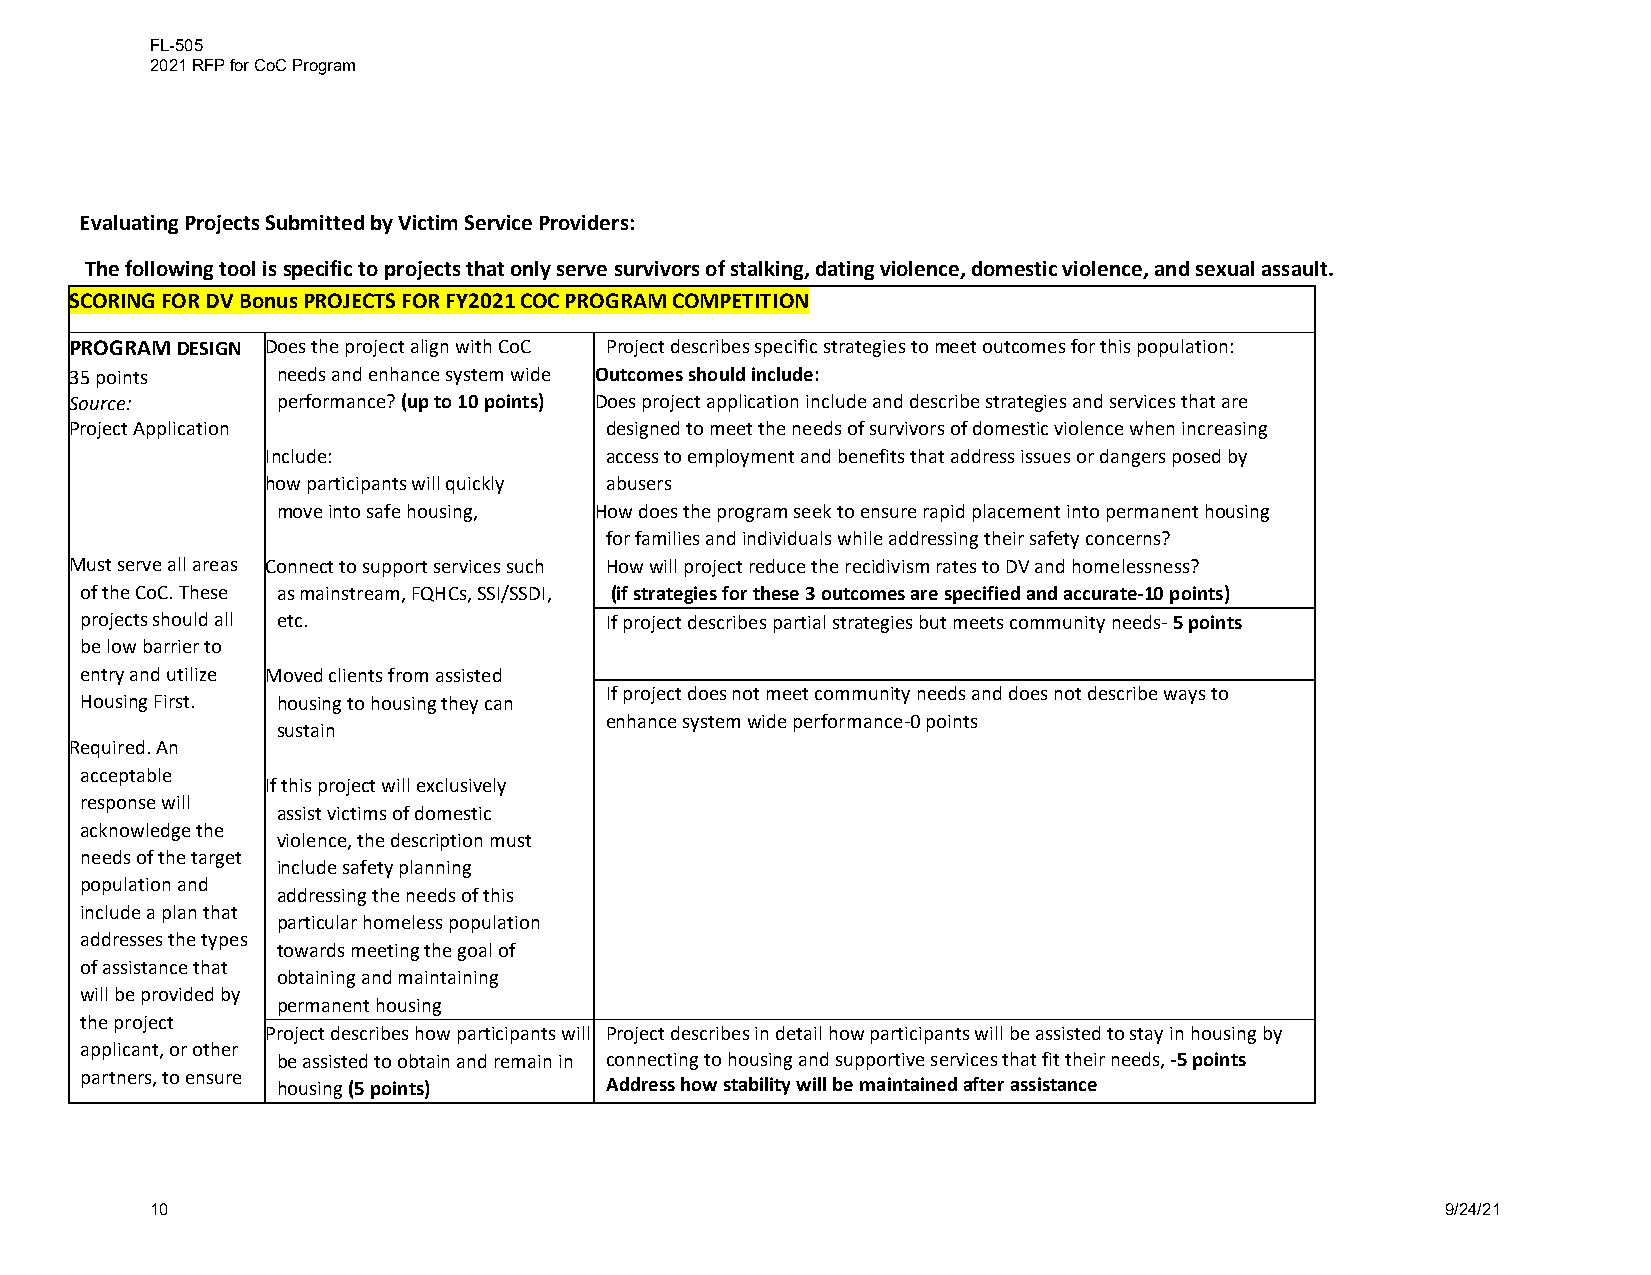
FL-505
 2021 RFP for CoC Program
 Evaluating Projects Submitted by Victim Service Providers:
 The following tool is specific to projects that only serve survivors of stalking, dating violence, domestic violence, and sexual assault.
 SCORING FOR DV Bonus PROJECTS FOR FY2021 COC PROGRAM COMPETITION
 PROGRAM DESIGN Does the project align with CoC Project describes specific strategies to meet outcomes for this population:
 35 points    needs and enhance system wide Outcomes should include:
 Source:      performance? (up to 10 points) Does project application include and describe strategies and services that are
 Project Application                designed to meet the needs of survivors of domestic violence when increasing
 Include:              access to employment and benefits that address issues or dangers posed by
 how participants will quickly abusers
 move into safe housing, How does the program seek to ensure rapid placement into permanent housing
 for families and individuals while addressing their safety concerns?
 Must serve all areas Connect to support services such How will project reduce the recidivism rates to DV and homelessness?
 of the CoC. These as mainstream, FQHCs, SSI/SSDI, (if strategies for these 3 outcomes are specified and accurate-10 points)
 projects should all etc.           If project describes partial strategies but meets community needs- 5 points
 be low barrier to
 entry and utilize Moved clients from assisted
 If project does not meet community needs and does not describe ways to
 Housing First. housing to housing they can
 enhance system wide performance-0 points
 sustain
 Required. An
 acceptable
 If this project will exclusively
 response will
 assist victims of domestic
 acknowledge the
 violence, the description must
 needs of the target
 include safety planning
 population and
 addressing the needs of this
 include a plan that
 particular homeless population
 addresses the types
 towards meeting the goal of
 of assistance that
 obtaining and maintaining
 will be provided by
 permanent housing
 the project
 Project describes how participants will Project describes in detail how participants will be assisted to stay in housing by
 applicant, or other
 be assisted to obtain and remain in connecting to housing and supportive services that fit their needs, -5 points
 partners, to ensure
 housing (5 points)    Address how stability will be maintained after assistance
 10                                                                                    9/24/21